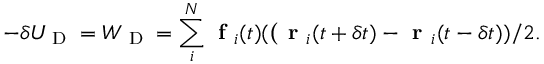
- \delta U _ { \textrm { D } } = W _ { \textrm { D } } = \sum _ { i } ^ { N } \textbf { f } _ { i } ( t ) ( \textbf ( \textbf { r } _ { i } ( t + \delta t ) - \textbf { r } _ { i } ( t - \delta t ) ) / 2 .